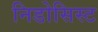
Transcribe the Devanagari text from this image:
निडोसिस्ट